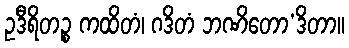
ဥဒီရိတဉ္စ ကထိတံ၊ ဂဒိတံ ဘဏိတော’ဒိတာ။